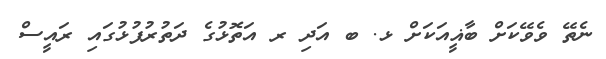
ނެތޭ ވެވޭކަށް ބާޣީއަކަށް ޅ. ބ އަދި ރ އަތޮޅުގެ ދަތުރުފުޅުގައި ރައީސް